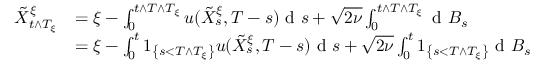
\begin{array} { r l } { \tilde { X } _ { t \wedge T _ { \xi } } ^ { \xi } } & { = \xi - \int _ { 0 } ^ { t \wedge T \wedge T _ { \xi } } u ( \tilde { X } _ { s } ^ { \xi } , T - s ) \textrm { d } s + \sqrt { 2 \nu } \int _ { 0 } ^ { t \wedge T \wedge T _ { \xi } } \textrm { d } B _ { s } } \\ & { = \xi - \int _ { 0 } ^ { t } 1 _ { \left\{ s < T \wedge T _ { \xi } \right\} } u ( \tilde { X } _ { s } ^ { \xi } , T - s ) \textrm { d } s + \sqrt { 2 \nu } \int _ { 0 } ^ { t } 1 _ { \left\{ s < T \wedge T _ { \xi } \right\} } \textrm { d } B _ { s } } \end{array}